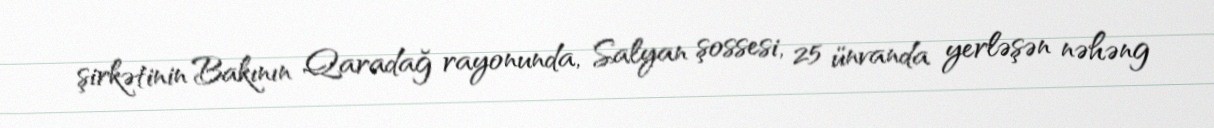
şirkətinin Bakının Qaradağ rayonunda, Salyan şossesi, 25 ünvanda yerləşən nəhəng